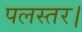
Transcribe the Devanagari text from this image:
पलस्तर।